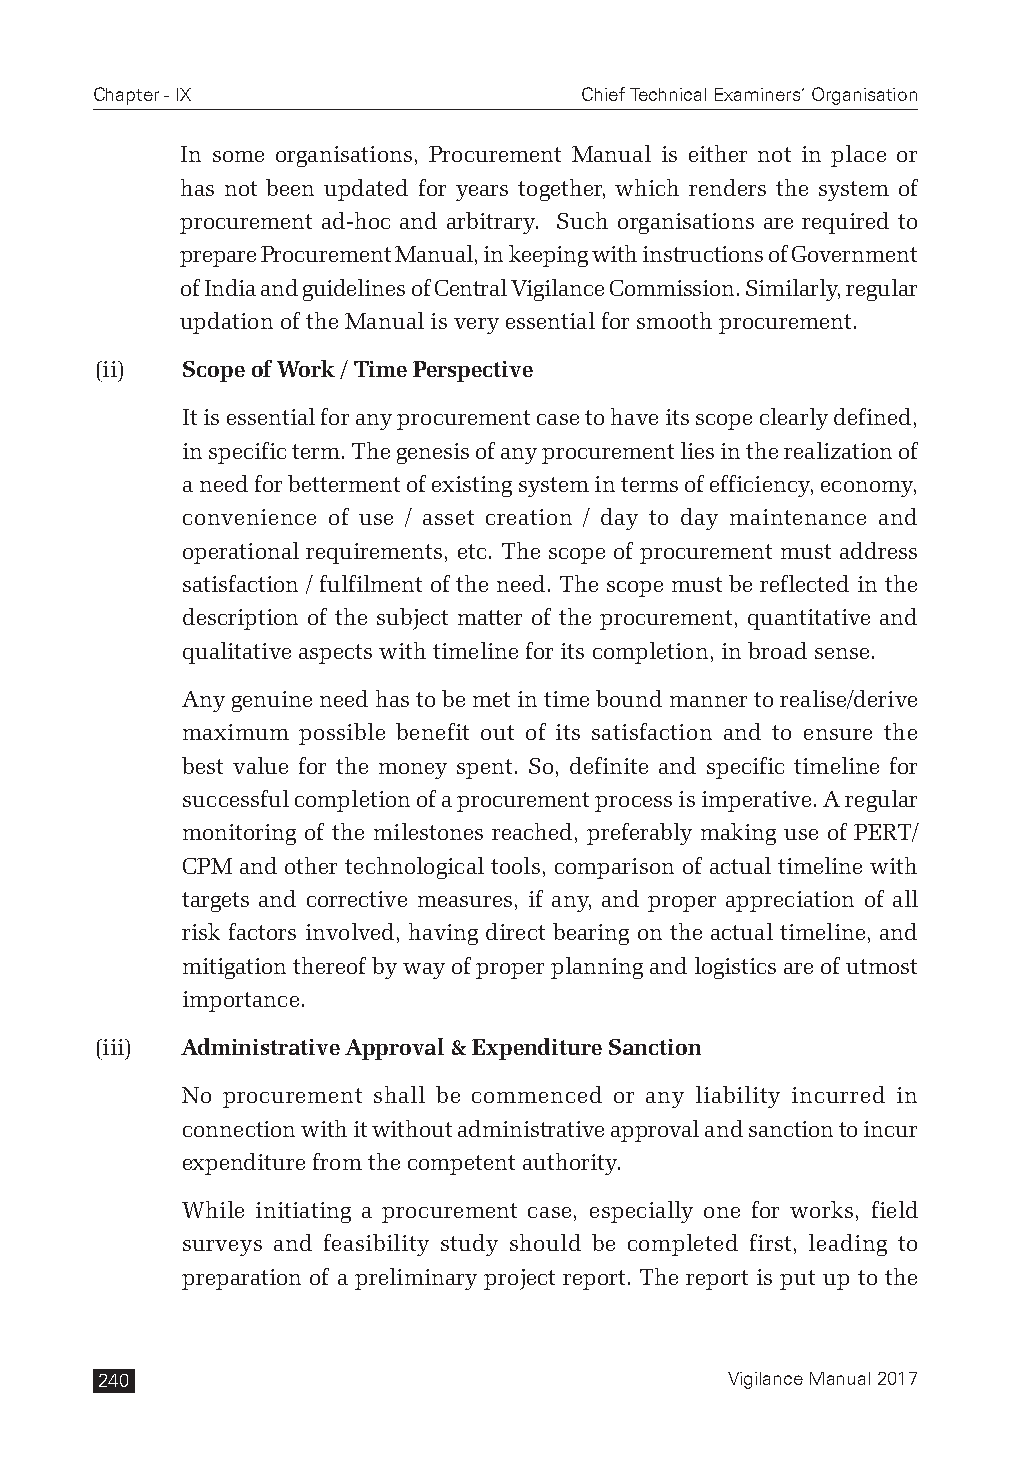
Chapter - IX                    Chief Technical Examiners’ Organisation
 In some organisations, Procurement Manual is either not in place or
 has not been updated for years together, which renders the system of
 procurement ad-hoc and arbitrary. Such organisations are required to
 prepare Procurement Manual, in keeping with instructions of Government
 of India and guidelines of Central Vigilance Commission. Similarly, regular
 updation of the Manual is very essential for smooth procurement.
 (ii)  Scope of Work / Time Perspective
 It is essential for any procurement case to have its scope clearly defined,
 in specific term. The genesis of any procurement lies in the realization of
 a need for betterment of existing system in terms of efficiency, economy,
 convenience of use / asset creation / day to day maintenance and
 operational requirements, etc. The scope of procurement must address
 satisfaction / fulfilment of the need. The scope must be reflected in the
 description of the subject matter of the procurement, quantitative and
 qualitative aspects with timeline for its completion, in broad sense.
 Any genuine need has to be met in time bound manner to realise/derive
 maximum possible benefit out of its satisfaction and to ensure the
 best value for the money spent. So, definite and specific timeline for
 successful completion of a procurement process is imperative. A regular
 monitoring of the milestones reached, preferably making use of PERT/
 CPM and other technological tools, comparison of actual timeline with
 targets and corrective measures, if any, and proper appreciation of all
 risk factors involved, having direct bearing on the actual timeline, and
 mitigation thereof by way of proper planning and logistics are of utmost
 importance.
 (iii) Administrative Approval & Expenditure Sanction
 No procurement shall be commenced or any liability incurred in
 connection with it without administrative approval and sanction to incur
 expenditure from the competent authority.
 While initiating a procurement case, especially one for works, field
 surveys and feasibility study should be completed first, leading to
 preparation of a preliminary project report. The report is put up to the
 240                                       Vigilance Manual 2017